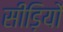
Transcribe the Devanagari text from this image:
सीड़ियों